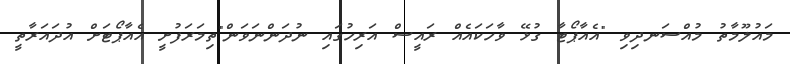
މައުލޫމާތު މުއްސަނދިވި "އެއާޕޯޓާ ގުޅޭ ވާހަކައެއް ރައީސް އަރިހުގައި ނުދަންނަވަން"ތިމަރަފުށީ އެއާޕޯޓަށް އުދައަރާތީ